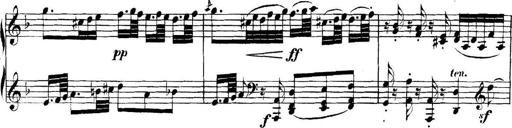
Title: Collected Piano Sonatas
Composer: Muzio Clementi